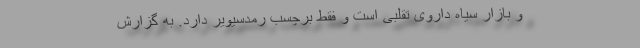
و بازار سیاه داروی تقلبی است و فقط برچسب رمدسیویر دارد. به گزارش